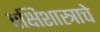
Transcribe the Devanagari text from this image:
पक्षिशास्त्राचे